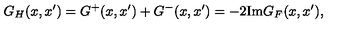
G _ { H } ( x , x ^ { \prime } ) = G ^ { + } ( x , x ^ { \prime } ) + G ^ { - } ( x , x ^ { \prime } ) = - 2 \mathrm { I m } G _ { F } ( x , x ^ { \prime } ) ,